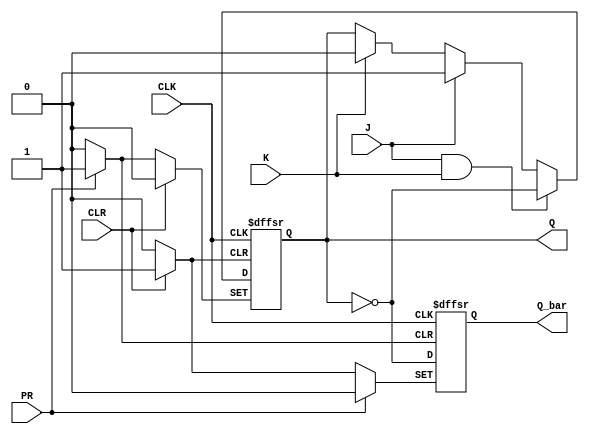
module jk_ff (
    input J, // J input
    input K, // K input
    input CLK, // Clock input
    input CLR, // Clear input
    input PR, // Preset input
    output reg Q, // Q output
    output reg Q_bar // Q-bar output
);

always @(posedge CLK or posedge CLR or posedge PR) begin
    if (CLR) begin
        Q <= 0;
        Q_bar <= 1;
    end else if (PR) begin
        Q <= 1;
        Q_bar <= 0;
    end else begin
        if (J & K) begin
            Q <= ~Q;
        end else if (J) begin
            Q <= 1;
        end else if (K) begin
            Q <= 0;
        end
        Q_bar <= ~Q;
    end
end

endmodule